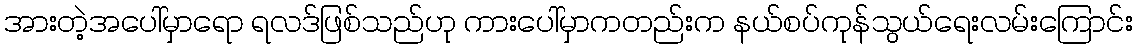
အားတဲ့အပေါ်မှာရော ရလဒ်ဖြစ်သည်ဟု ကားပေါ်မှာကတည်းက နယ်စပ်ကုန်သွယ်ရေးလမ်းကြောင်း